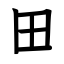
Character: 田